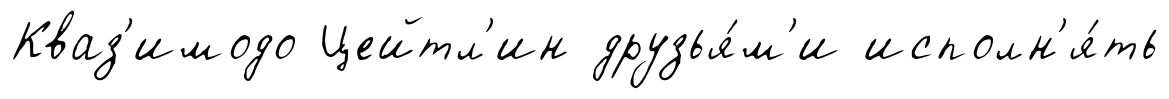
Кваз'имодо Цейтл'ин друзья́м'и исполн'я́ть